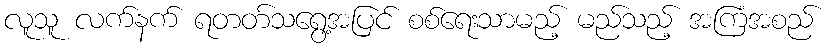
လူသူ လက်နက် ရတတ်သရွေ့အပြင် စစ်ရေးသာမည့် မည်သည့် အကြံအစည်